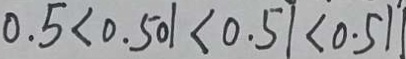
0 . 5 < 0 . 5 0 1 < 0 . 5 1 < 0 . 5 1 1